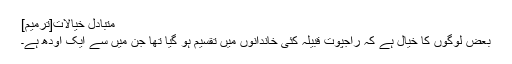
متبادل خیالات[ترمیم]
بعض لوگوں کا خیال ہے کہ راجپوت قبیلہ کئی خاندانوں میں تقسیم ہو گیا تھا جن میں سے ایک اودھ ہے۔